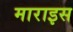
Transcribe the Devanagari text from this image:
माराइस